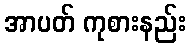
အာပတ် ကုစားနည်း